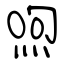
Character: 喣